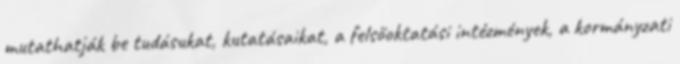
mutathatják be tudásukat, kutatásaikat, a felsőoktatási intézmények, a kormányzati